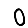
Digit: 0